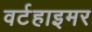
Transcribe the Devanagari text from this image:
वर्टहाइमर